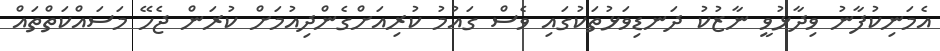
އެމަނިކުފާނު ވިދާޅުވީ ނާޒުކު ދަނޑިވަޅުތަކުގައި ވެސް ގައުމު ކުރިއަށްގެންދިއުމަށް ކުރަން ޖެހޭ މަސައްކަތްތައް